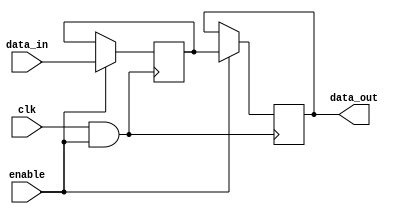
module MemoryBlock(
    input wire clk,           // Main clock signal
    input wire enable,        // Enable signal for clock gating
    input wire [7:0] data_in, // Data input for memory block
    output reg [7:0] data_out // Data output from memory block
);

    // Internal memory array
    reg [7:0] memory_array [0:15]; // Example: 16 x 8-bit memory

    // Clock gating logic
    wire gated_clk;
    assign gated_clk = clk & enable; // Clock is passed only if enable is high

    // Memory operation
    always @(posedge gated_clk) begin
        if (enable) begin
            // Write data to memory on enable
            memory_array[0] <= data_in; // For demonstration, writing to address 0
            data_out <= memory_array[0]; // Reading from address 0
        end
    end

endmodule